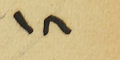
١٨